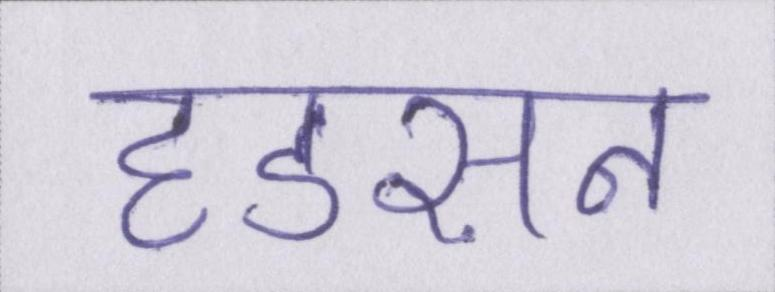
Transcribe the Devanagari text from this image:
हडसन